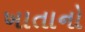
ખાતાનો